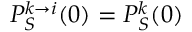
P _ { S } ^ { k \to i } ( 0 ) = P _ { S } ^ { k } ( 0 )